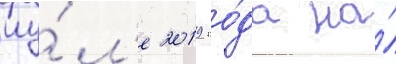
иу́л'е 2019 го́да на́